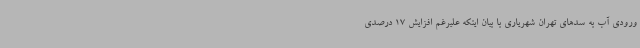
ورودی آب به سدهای تهران شهریاری با بیان اینکه علیرغم افزایش 17 درصدی